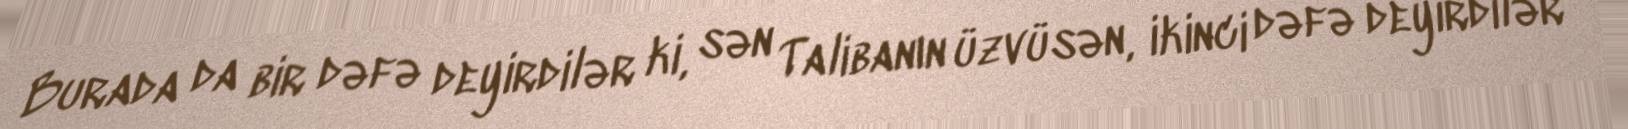
Burada da bir dəfə deyirdilər ki, sən Talibanın üzvüsən, ikinci dəfə deyirdilər